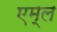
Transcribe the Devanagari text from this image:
एम्ल